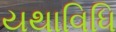
યથાવિધિ